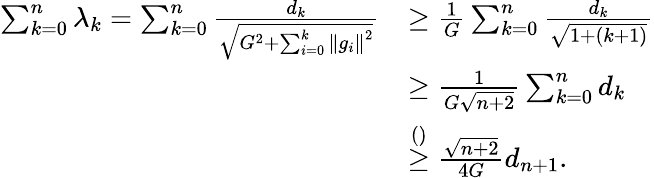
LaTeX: \begin{array}{rl}{\sum_{k=0}^{n}\lambda_{k}=\sum_{k=0}^{n}\frac{d_{k}}{\sqrt{G^{2}+\sum_{i=0}^{k}\left\Vert g_{i}\right\Vert^{2}}}}&{\geq\frac{1}{G}\sum_{k=0}^{n}\frac{d_{k}}{\sqrt{1+(k+1)}}}\\ &{\ge\frac{1}{G\sqrt{n+2}}\sum_{k=0}^{n}d_{k}}\\ &{\stackrel{\mathrm{()}}{\geq}\frac{\sqrt{n+2}}{4G}d_{n+1}.}\end{array}